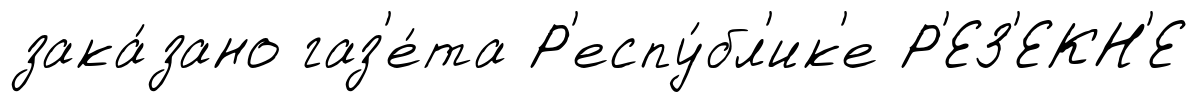
зака́зано газ'е́та Р'еспу́бл'ик'е Р'ЕЗ'ЕКН'Е